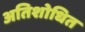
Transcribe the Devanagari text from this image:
अतिशोधित